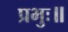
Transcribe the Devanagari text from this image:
प्रभुः॥